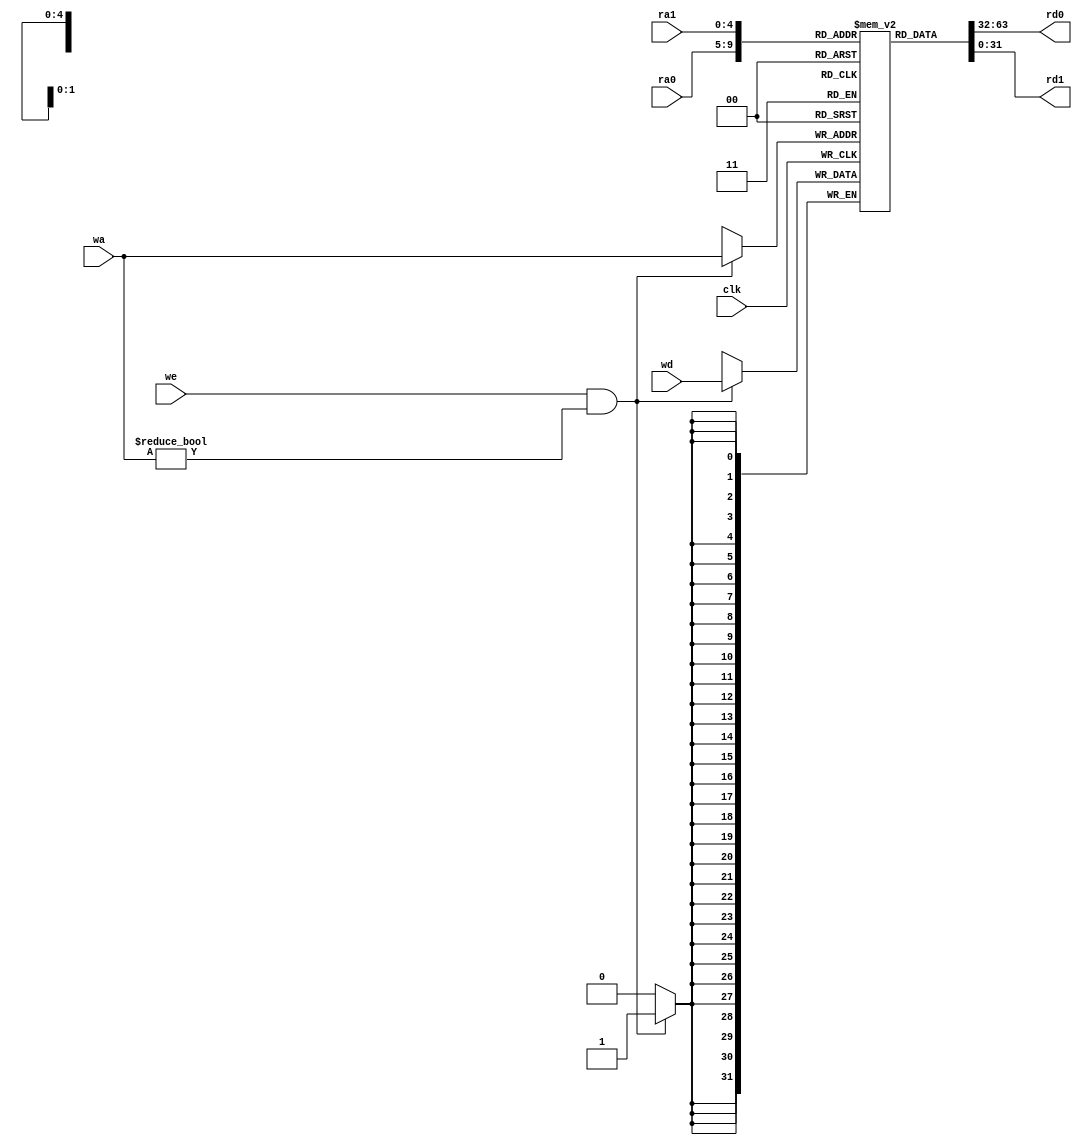
`timescale 1ns / 1ps
//////////////////////////////////////////////////////////////////////////////////
// Company: 
// Engineer: 
// 
// Design Name: 
// Module Name: reg_file
// Project Name: 
// Target Devices: 
// Tool Versions: 
// Description: 
// 
// Dependencies: 
// 
// Revision:
// Revision 0.01 - File Created
// Additional Comments:
// 
//////////////////////////////////////////////////////////////////////////////////


module reg_file
	#(parameter WIDTH = 32)
	(
		input clk,
		input [4:0] ra0,			// read port 0 addr
		output [WIDTH-1:0] rd0,		// read port 0 data
		input [4:0] ra1,			// read port 1 addr
		output [WIDTH-1:0] rd1,		// read port 1 data
		input [4:0] wa,				// write port addr
		input we,					// write enable, valid at '1'
		input [WIDTH-1:0] wd		// write port data
	);

	reg [WIDTH-1:0] reg_file [0:31];

	assign rd0 = reg_file[ra0];
	assign rd1 = reg_file[ra1];

	integer i;						// loop varible
	initial begin
		for (i = 0; i < 32; i = i + 1) begin
			reg_file [i] = 0;
		end
	end

	always @(posedge clk) begin
		if (we && wa != 4'b0) begin
			reg_file[wa] <= wd;
		end
	end
endmodule